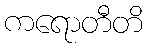
ကရောတီတိ